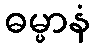
ဓမ္မာနံ